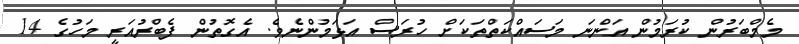
މެމްބަރުން ކުރަމުން އަންނަ މަސައްކަތްތަކަށް ހުރަސް އަޅަމުންނެވެ. އެގޮތުން ފެބްރުއަރީ މަހުގެ 14